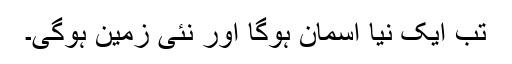
تب ایک نیا آسمان ہوگا اور نئی زمین ہوگی۔